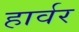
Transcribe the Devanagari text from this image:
हार्वर